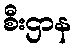
စီးဌာန